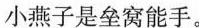
小燕子是垒窝能手。